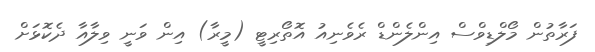
ފަރާތުން މޯލްޑިވްސް އިންލެންޑް ރެވެނިއު އޮތޯރިޓީ (މީރާ) އިން ވަނީ ވިލާއާ ދެކޮޅަށް